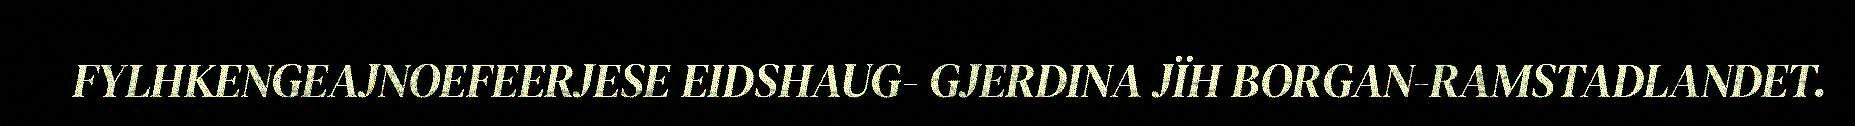
FYLHKENGEAJNOEFEERJESE EIDSHAUG- GJERDINA JÏH BORGAN-RAMSTADLANDET.